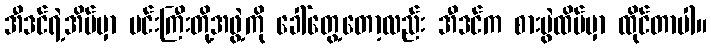
အီဒင်ရဲ့အိမ်မှာ မင်းကြီးတို့အဖွဲ့ကို ခေါ်တွေ့တော့လည်း အီဒင်က စားပွဲထိပ်မှာ ထိုင်တာပါ။